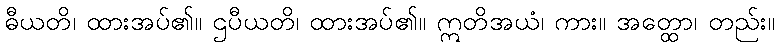
ဓီယတိ၊ ထားအပ်၏။ ဌပီယတိ၊ ထားအပ်၏။ ဣတိအယံ၊ ကား။ အတ္ထော၊ တည်း။